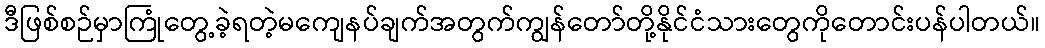
ဒီဖြစ်စဉ်မှာကြုံတွေ့ခဲ့ရတဲ့မကျေနပ်ချက်အတွက်ကျွန်တော်တို့နိုင်ငံသားတွေကိုတောင်းပန်ပါတယ်။